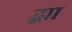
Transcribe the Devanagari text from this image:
द्वाा